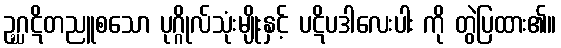
ဥဂ္ဃဋိတညူစသော ပုဂ္ဂိုလ်သုံးမျိုးနှင့် ပဋိပဒါလေးပါး ကို တွဲပြထား၏။